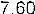
7.60